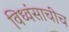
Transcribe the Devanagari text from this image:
विध्वंसाचीच